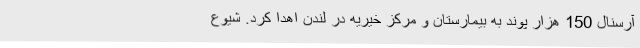
آرسنال 150 هزار پوند به بیمارستان و مرکز خیریه در لندن اهدا کرد. شیوع